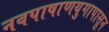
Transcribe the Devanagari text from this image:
नवपाषाणयुगापासून